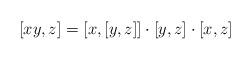
LaTeX: \begin{align*} [xy,z] = [x,[y,z]] \cdot [y,z] \cdot [x,z] \end{align*}